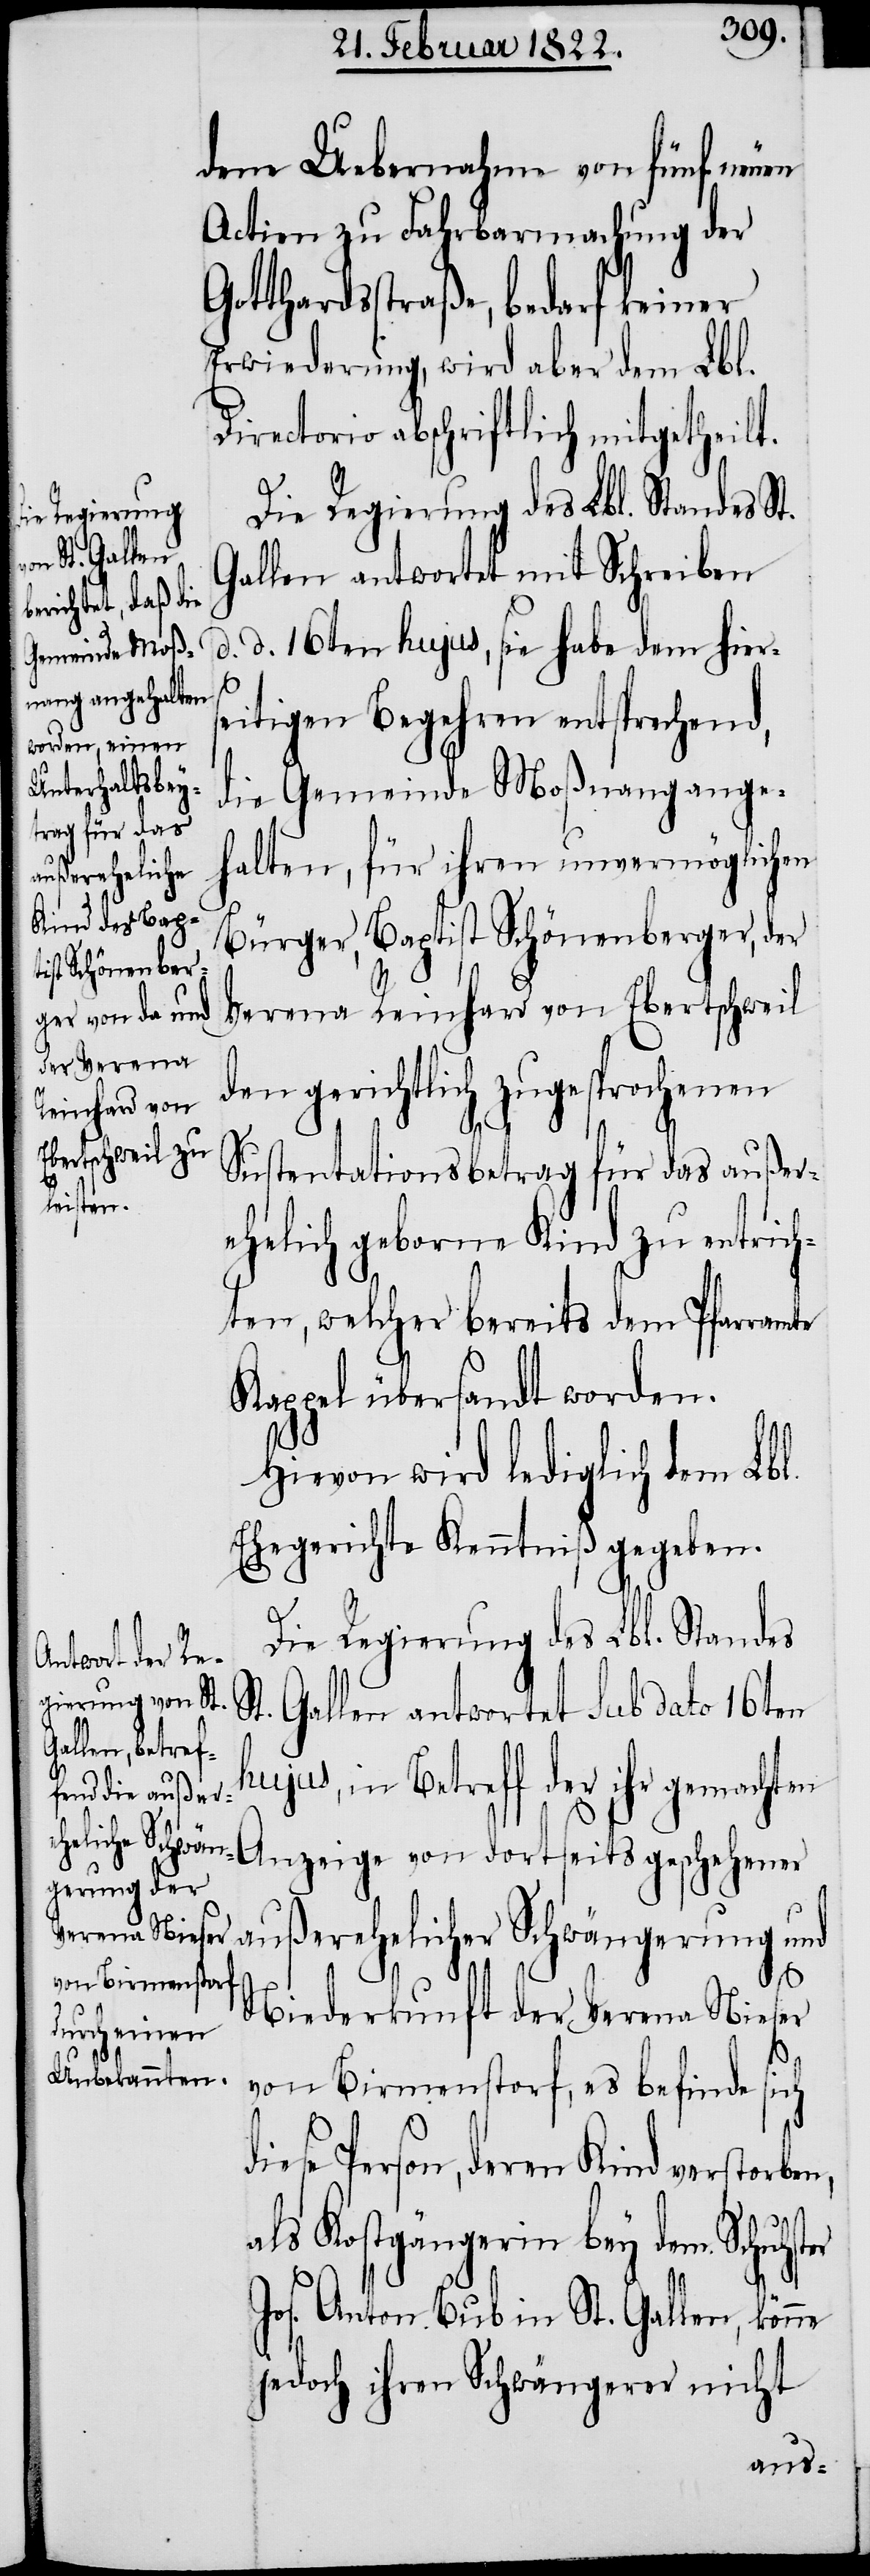
dene Uebernahme von fünf neuen
Actien zu Fahrbarmachung der
Gotthardsstraße, bedarf keiner
Erwiederung, wird aber dem Lbl.
Directorio abschriftlich mitgetheilt.
Die Regierung des Lbl. Standes St.
Gallen antwortet mit Schreiben
d. d. 16ten hujus, sie habe dem hiers¬
eitigen Begehren entsprechend,
die Gemeinde Moßnang ange¬
halten, für ihren unvermöglichen
Bürger, Baptist Schönenberger, der
Verena Reinhard von Ebertschweil
den gerichtlich zugesprochenen
ter
Sustentationsbetrag für das außer¬
ehelich geborne Kind zu entrich¬
ten, welcher bereits dem Pfarramte
Kappel übersandt worden.
Hievon wird lediglich dem Lbl.
Ehegerichte Kenntniß gegeben.
Die Regierung des Lbl. Standes
t. Gallen antwortet sub dato 16ten
hujus, in Betreff der ihr gemachten
Anzeige von dortseits geschehener
außerehelicher Schwängerung und
Niederkunft der Verena Nieser
S¬
von Birmenstorf, es befinde sich
diese Person, deren Kind verstorben,
als Kostgängerin bey dem Schuhs¬
Jos. Anton Bub in St. Gallen, könne
jedoch ihren Schwängerer nicht